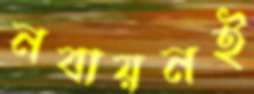
নবায়নই